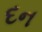
દન